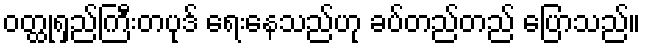
ဝတ္ထုရှည်ကြီးတပုဒ် ရေးနေသည်ဟု ခပ်တည်တည် ပြောသည်။